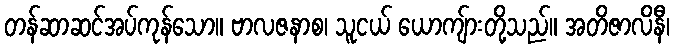
တန်ဆာဆင်အပ်ကုန်သော။ ဗာလဇနာစ၊ သူငယ် ယောကျ်ားတို့သည်။ အတိဇာလိနီ၊